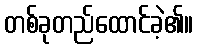
တစ်ခုတည်ထောင်ခဲ့၏။